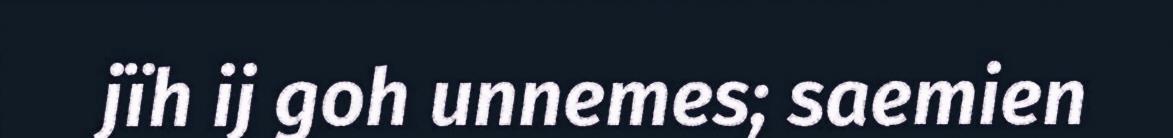
jïh ij goh unnemes; saemien